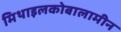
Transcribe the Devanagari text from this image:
मिथाइलकोबालामीन